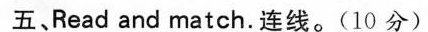
五、Read and match.连线。(10分)